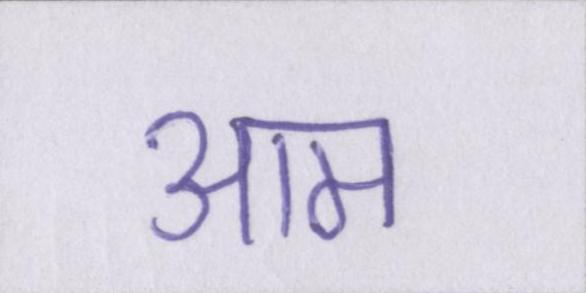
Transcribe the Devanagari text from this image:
आम